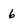
Character: 6